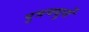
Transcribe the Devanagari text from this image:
पुत्रवधुयें